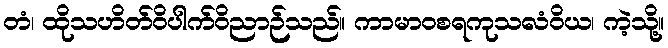
တံ၊ ထိုသဟိတ်ဝိပါက်ဝိညာဉ်သည်။ ကာမာဝစရကုသလံဝိယ၊ ကဲ့သို့။